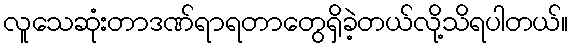
လူသေဆုံးတာဒဏ်ရာရတာတွေရှိခဲ့တယ်လို့သိရပါတယ်။